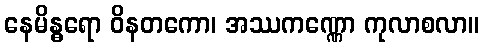
နေမိန္ဓရော ဝိနတကော၊ အဿကဏ္ဏော ကုလာစလာ။